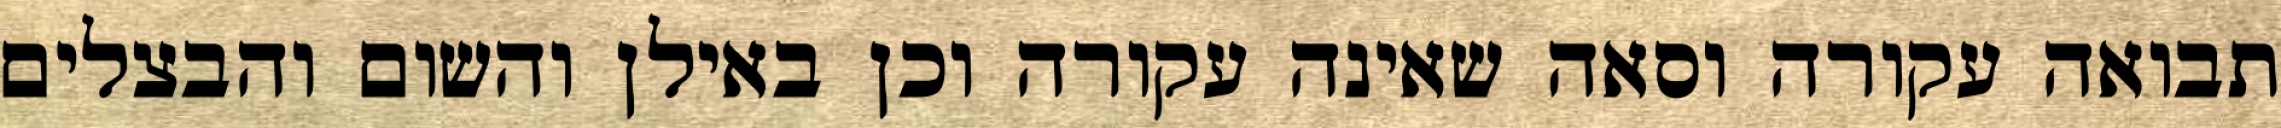
תבואה עקורה וסאה שאינה עקורה וכן באילן והשום והבצלים